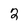
Character: 2